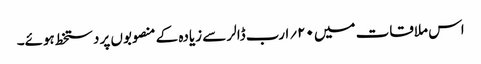
اس ملاقات میں ۲۰؍ارب ڈالر سے زیادہ کے منصوبوں پر دستخط ہوئے۔